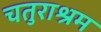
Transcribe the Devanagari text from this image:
चतुराश्रम